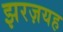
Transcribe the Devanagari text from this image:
झरज़यह